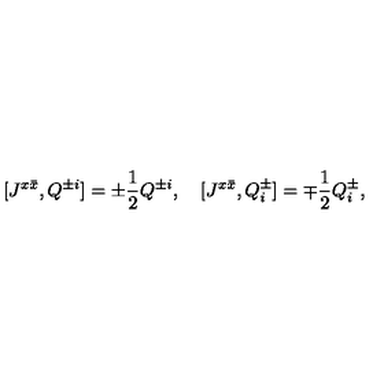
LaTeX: [ J ^ { x \bar { x } } , Q ^ { \pm i } ] = \pm \frac { 1 } { 2 } Q ^ { \pm i } , \quad [ J ^ { x \bar { x } } , Q _ { i } ^ { \pm } ] = \mp \frac { 1 } { 2 } Q _ { i } ^ { \pm } ,